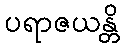
ပရာဇယန္တိ